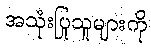
အသုံးပြုသူများကို